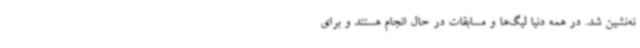
نه‌نشین شد. در همه دنیا لیگ‌ها و مسابقات در حال انجام هستند و برای